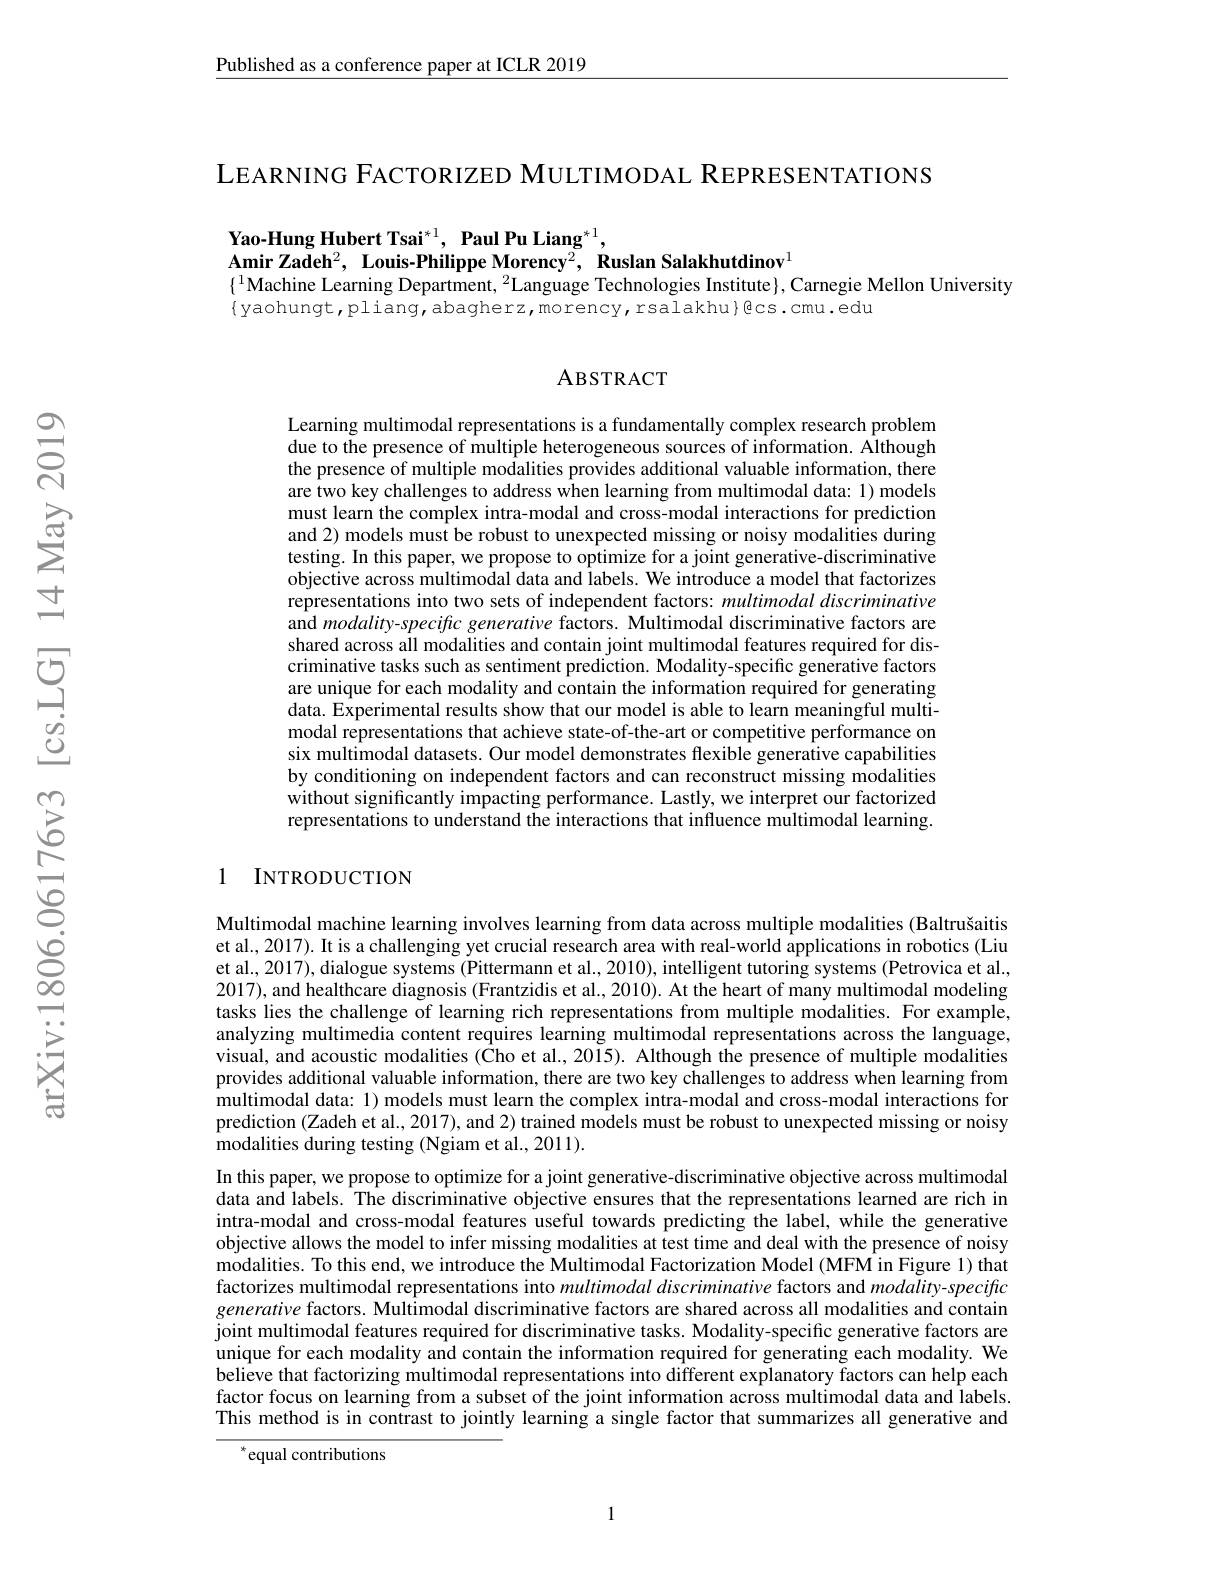
$\underline{\text{Published as a conference paper at ICLR 2019}}$

LEARNING FACTORIZED MULTIMODAL REPRESENTATIONS

Yao-Hung Hubert Tsai$^*1,\textbf{ Paul Pu Liang}^{*1}$,
$\mathbf{AmirZadeh}^{2}$, $\mathbf{Louis- PhilippeMorency}^{2}$, $\mathbf{RuslanSalakhutdinov}^{1}$
$\{^{1}$Machine Learning Department, $^2$Language Technologies Institute$\}$, Carnegie Mellon University
$\{$yaohungt,pliang,abagherz,morency,rsalakhu}Bcs.cmu.edu

### ABSTRACT

Learning multimodal representations is a fundamentally complex research problem due to the presence of multiple heterogeneous sources of information. Although the presence of multiple modalities provides additional valuable information, there are two key challenges to address when learning from multimodal data: 1) models must learn the complex intra-modal and cross-modal interactions for prediction and 2) models must be robust to unexpected missing or noisy modalities during testing. In this paper, we propose to optimize for a joint generative-discriminative objective across multimodal data and labels. We introduce a model that factorizes representations into two sets of independent factors: multimodal discriminative and $modality-specifc$ generative factors. Multimodal discriminative factors are shared across all modalities and contain joint multimodal features required for discriminative tasks such as sentiment prediction. Modality-specific generative factors are unique for each modality and contain the information required for generating data. Experimental results show that our model is able to learn meaningful multimodal representations that achieve state-of-the-art or competitive performance on six multimodal datasets. Our model demonstrates flexible generative capabilities by conditioning on independent factors and can reconstruct missing modalities without significantly impacting performance. Lastly, we interpret our factorized representations to understand the interactions that influence multimodal learning.

### 1 INTRODUCTION

Multimodal machine learning involves learning from data across multiple modalities (Baltrušaitis et al., 2017). It is a challenging yet crucial research area with real-world applications in robotics (Liu et al., 2017), dialogue systems (Pittermann et al., 2010), intelligent tutoring systems (Petrovica et al., 2017), and healthcare diagnosis (Frantzidis et al., 2010). At the heart of many multimodal modeling tasks lies the challenge of learning rich representations from multiple modalities. For example, analyzing multimedia content requires learning multimodal representations across the language, visual, and acoustic modalities ($\hat{\text{Cho et al.,2015). Although the presence of multiple modalities}}$ provides additional valuable information, there are two key challenges to address when learning from multimodal data: 1) models must learn the complex intra-modal and cross-modal interactions for prediction (Zadeh et al., 2017), and 2) trained models must be robust to unexpected missing or noisy modalities during testing (Ngiam et al., 2011).
In this paper, we propose to optimize for a joint generative-discriminative objective across multimodal data and labels. The discriminative objective ensures that the representations learned are rich in intra-modal and cross-modal features useful towards predicting the label, while the generative objective allows the model to infer missing modalities at test time and deal with the presence of noisy modalities. To this end, we introduce the Multimodal Factorization Model (MFM in Figure 1) that factorizes multimodal representations into $multimodal\textit{discriminative factors and modality- speciffic}$ generative factors. Multimodal discriminative factors are shared across all modalities and contain joint multimodal features required for discriminative tasks. Modality-specific generative factors are unique for each modality and contain the information required for generating each modality. We $\hat{\text{believe that factorizing multimodal representations into different explanatory factors can help each}}$ factor focus on learning from a subset of the joint information across multimodal data and labels. This method is in contrast to jointly learning a single factor that summarizes all generative and

equal contributions

1